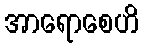
အာရောစေဟိ